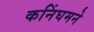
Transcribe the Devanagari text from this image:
कनिंघमने